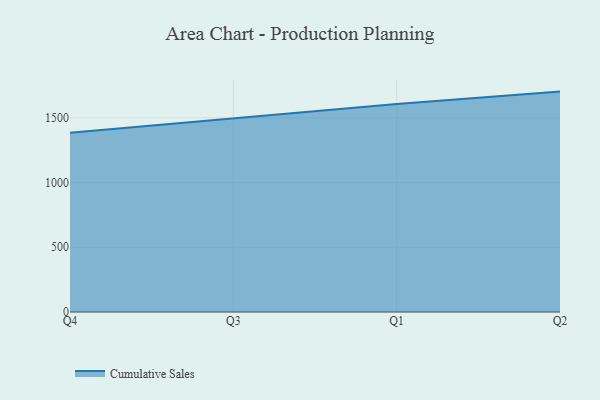
{"axis": {"x": "Quarter", "y": "Budget (USD K)"}, "legend": ["Cumulative Sales"], "data": [{"x": "Q4", "y": 1384.6, "type": "Cumulative Sales"}, {"x": "Q3", "y": 1498.0, "type": "Cumulative Sales"}, {"x": "Q1", "y": 1606.8, "type": "Cumulative Sales"}, {"x": "Q2", "y": 1702.5, "type": "Cumulative Sales"}]}